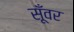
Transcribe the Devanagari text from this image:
सूँवर